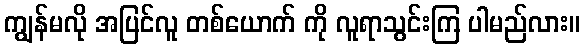
ကျွန်မလို အပြင်လူ တစ်ယောက် ကို လူရာသွင်းကြ ပါမည်လား။